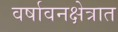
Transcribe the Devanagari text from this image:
वर्षावनक्षेत्रात